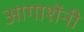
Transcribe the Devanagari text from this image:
आगाशेंनी